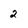
Character: 2